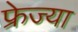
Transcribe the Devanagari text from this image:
फ्रेज्या